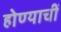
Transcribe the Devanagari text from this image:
होण्याचीं